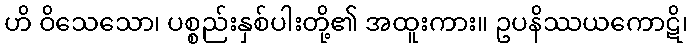
ဟိ ဝိသေသော၊ ပစ္စည်းနှစ်ပါးတို့၏ အထူးကား။ ဥပနိဿယကောဋိ၊